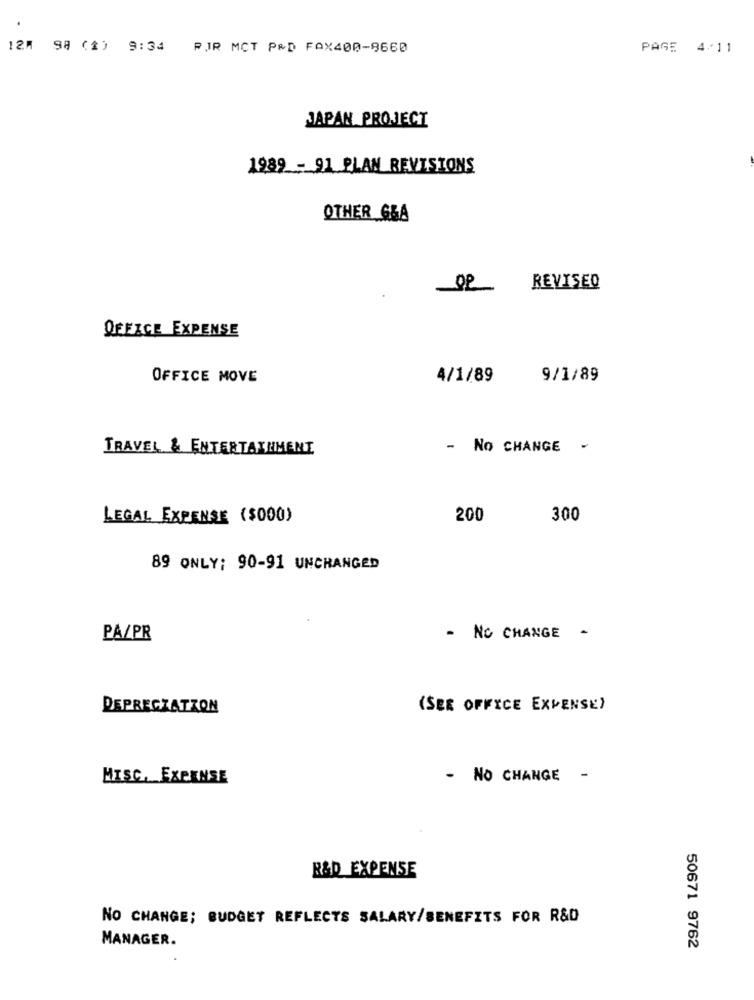
124 98 (1) 9:34
PJR MCT P&D FAX400-8660
PAGE 4/11
JAPAN PROJECT
1989 - 91 PLAN REVISIONS
OTHER G&A
REVISED
OFFICE EXPENSE
OFFICE MOVE
4/1/89
9/1/89
TRAVEL & ENTERTAINMENT
- No CHANGE
LEGAL EXPENSE ($000)
200
300
89 ONLY: 90-91 UNCHANGED
PA/PR
- NO CHANGE
DEPRECZATZON
(SEE OFFICE EXPENSE)
MISC. EXPENSE
- NO CHANGE -
R&D EXPENSE
NO CHANGE; BUDGET REFLECTS SALARY/BENEFITS FOR R&D
MANAGER.
50671 9762